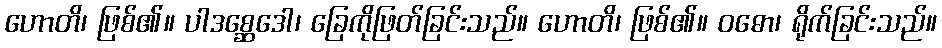
ဟောတိ၊ ဖြစ်၏။ ပါဒစ္ဆေဒေါ၊ ခြေကိုဖြတ်ခြင်းသည်။ ဟောတိ၊ ဖြစ်၏။ ဝဓော၊ ရိုက်ခြင်းသည်။